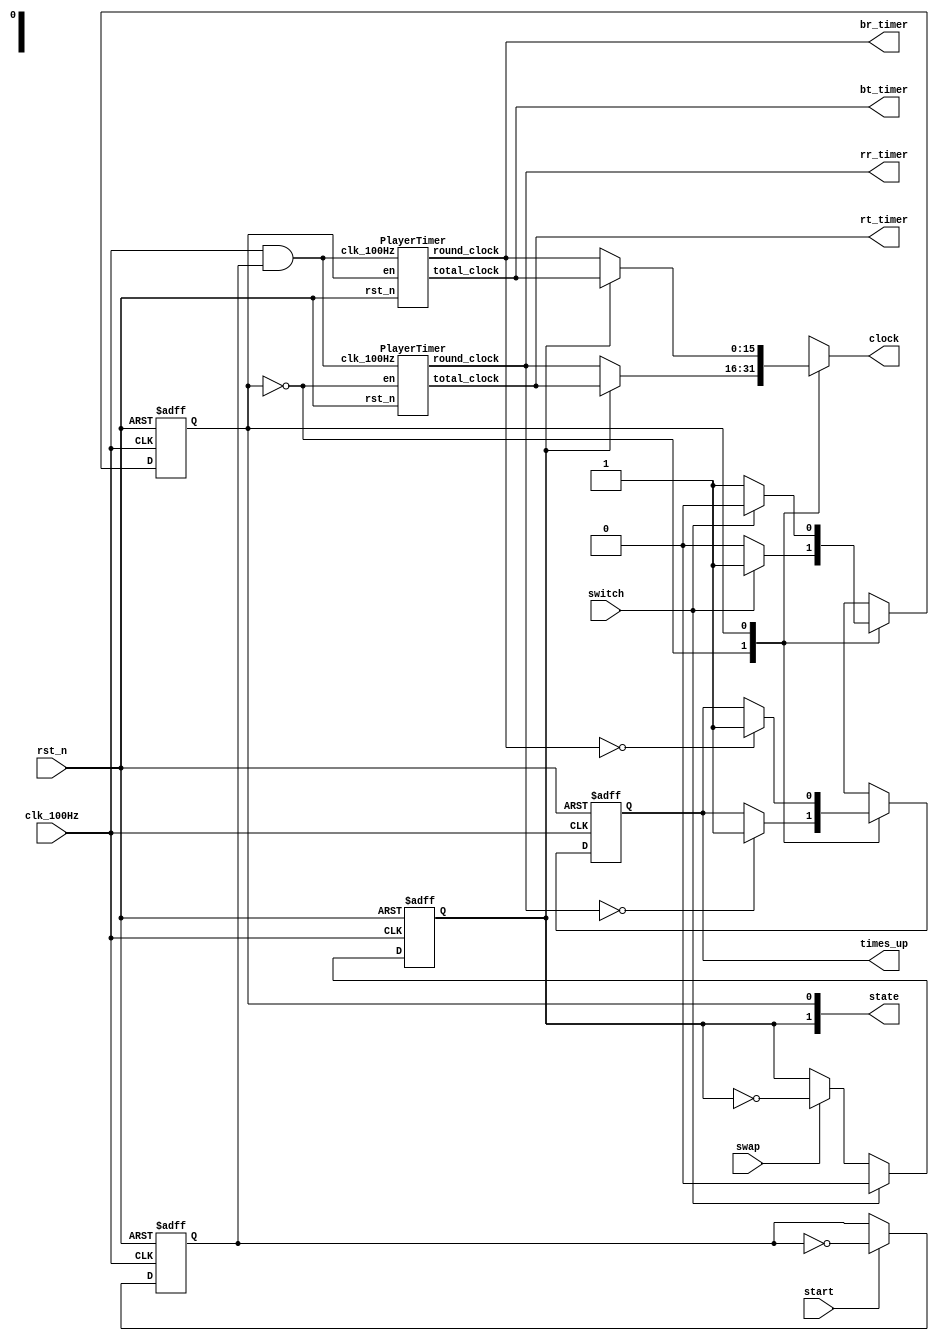
`timescale 1ns / 1ps

// for digit counter
`define AFTER_CRY_USE_CRSYS 1'b0
`define AFTER_CRY_USE_BOUND 1'b1
`define NOT_TO_INJECT 1'b0
`define TO_INJECT 1'b1
`define ENABLE 1'b1
`define DISABLE 1'b0
`define UP_COUNTING 1'b0
`define DOWN_COUNTING 1'b1
`define DIGIT_LEN 4

module TimerManager (
    input clk_100Hz, // 100Hz clock
    input rst_n,
    input start,
    input switch, // switch player
    input swap,   // swap showing clock
    output reg [15:0] clock,
    output [15:0] rr_timer,
    output [15:0] rt_timer,
    output [15:0] br_timer,
    output [15:0] bt_timer,
    output reg times_up, // whether the player has no time (lose)
    output [1:0] state
);

reg nxt_times_up;

localparam RED = 0;
localparam BLK = 1;

reg to_start,
    nxt_to_start;

reg turn,
    nxt_turn;

localparam ROUND = 0;
localparam TOTAL = 1;

reg show,
    nxt_show;

// for debugging
assign state = { show, turn };

PlayerTimer PRED (
    .clk_100Hz(clk_100Hz && to_start),
    .rst_n(rst_n),
    .en(turn == RED),
    .round_clock(rr_timer),
    .total_clock(rt_timer)
);

PlayerTimer PBLK (
    .clk_100Hz(clk_100Hz && to_start),
    .rst_n(rst_n),
    .en(turn == BLK),
    .round_clock(br_timer),
    .total_clock(bt_timer)
);

always @(posedge clk_100Hz, negedge rst_n) begin
    if (~rst_n) begin
        to_start <= 0;
        times_up <= 0;
        show     <= RED;
        turn     <= ROUND;
    end
    else begin
        to_start <= nxt_to_start;
        times_up <= nxt_times_up;
        show     <= nxt_show;
        turn     <= nxt_turn;
    end
end

always @(*) begin

    nxt_show     = show;
    nxt_turn     = turn;
    nxt_times_up = times_up;
    nxt_to_start = start ? ~to_start : to_start;
    
    case (turn)
        RED: begin

            if (switch) begin
                nxt_turn = BLK;
                nxt_show = ROUND;
            end
            else if (swap) begin
                nxt_show = ~show;
            end
            
            if (rr_timer == 0) begin
                nxt_times_up = 1;
            end

            if (show == ROUND) begin
                clock = rr_timer;
            end
            else begin
                clock = rt_timer;
            end
        end
        BLK: begin

            if (switch) begin
                nxt_turn = RED;
                nxt_show = ROUND;
            end
            else if (swap) begin
                nxt_show = ~show;
            end
            
            if (br_timer == 0) begin
                nxt_times_up = 1;
            end

            if (show == ROUND) begin
                clock = br_timer;
            end
            else begin
                clock = bt_timer;
            end
        end
    endcase
end
    
endmodule

module PlayerTimer (
    input clk_100Hz,
    input rst_n,
    input en,
    output [15:0] round_clock,
    output [15:0] total_clock
);

reg en_delay;
reg [6:0] cnt;
wire cnt_to_end = cnt == 99 && round_clock > 0;

always @(posedge clk_100Hz, negedge rst_n) begin
    if (~rst_n) begin
        cnt      <= 0;
        en_delay <= 0;
    end
    else begin
        cnt      <= cnt_to_end ? 0 : cnt + 1;
        en_delay <= en;
    end
end

HourClock TOTAL (
    .clk(clk_100Hz),
    .rst_n(rst_n),
    .en(en & cnt_to_end),
    .clock(total_clock)
);

RoundClock SC2 (
    .clk(clk_100Hz),
    .rst_n(rst_n),
    .to_inject(~en_delay & en), // catch negedge en
    .inject_num(
        total_clock > 16'h100 ?
        16'h100 : (
            total_clock > 16'h15 ?
            total_clock : 16'h15
        )
    ),
    .en(en & cnt_to_end),
    .clock(round_clock)
);

endmodule

/**
 * The one-hour clock that can stop by ifself
 * when counted to zero
 */
module HourClock (
    input clk,
    input rst_n,
    input en,
    output [15:0] clock
);

wire [3:0] cry_arr; // carry array

//* Second
OneDigitCounter #(
    .START(4'h9), .END(4'h0), 
    .CRY_SYS(4'ha)
) S_UNIT (
    .clk(clk), .rst_n(rst_n),
    .en(en),
    .direction(`DOWN_COUNTING),
    .to_inject(1'b0), .inject_num(4'b0),
    .val_after_cry(`AFTER_CRY_USE_CRSYS),
    .num(clock[`DIGIT_LEN-1:0]),
    .cry(cry_arr[0])
);

OneDigitCounter #(
    .START(4'h5), .END(4'h0), 
    .CRY_SYS(4'h6)
) S_TENS (
    .clk(clk), .rst_n(rst_n),
    .en(cry_arr[0]),
    .direction(`DOWN_COUNTING),
    .to_inject(1'b0), .inject_num(4'b0),
    .val_after_cry(`AFTER_CRY_USE_CRSYS),
    .num(
        clock[
            2*`DIGIT_LEN-1:
            `DIGIT_LEN
        ]
    ),
    .cry(cry_arr[1])
);

//* Minute
OneDigitCounter #(
    .START(4'h9), .END(4'h0), 
    .CRY_SYS(4'ha)
) M_UNIT (
    .clk(clk), .rst_n(rst_n),
    .en(cry_arr[1]),
    .direction(`DOWN_COUNTING),
    .to_inject(1'b0), .inject_num(4'b0),
    .val_after_cry(`AFTER_CRY_USE_CRSYS),
    .num(
        clock[
            3*`DIGIT_LEN-1:
            2*`DIGIT_LEN
        ]
    ),
    .cry(cry_arr[2])
);

OneDigitCounter #(
    .START(4'h6), .END(4'h0), 
    .CRY_SYS(4'h7), .RST_NUM(4'h6)
) M_TENS (
    .clk(clk), .rst_n(rst_n),
    .en(cry_arr[2]),
    .direction(`DOWN_COUNTING),
    .to_inject(1'b0), .inject_num(4'b0),
    .val_after_cry(`AFTER_CRY_USE_CRSYS),
    .num(
        clock[
            4*`DIGIT_LEN-1:
            3*`DIGIT_LEN
        ]
    ),
    .cry()
);
    
endmodule

/**
 * The one-hour clock that can stop by ifself
 * when counted to zero
 */
module RoundClock (
    input clk,
    input rst_n,
    input to_inject,
    input [15:0] inject_num,
    input en,
    output [15:0] clock
);

wire [3:0] cry_arr; // carry array

//* Second
OneDigitCounter #(
    .START(4'h9), .END(4'h0), 
    .CRY_SYS(4'ha)
) S_UNIT (
    .clk(clk), .rst_n(rst_n),
    .en(en),
    .direction(`DOWN_COUNTING),
    .to_inject(to_inject),
    .inject_num(inject_num[3:0]),
    .val_after_cry(`AFTER_CRY_USE_CRSYS),
    .num(clock[`DIGIT_LEN-1:0]),
    .cry(cry_arr[0])
);

OneDigitCounter #(
    .START(4'h5), .END(4'h0), 
    .CRY_SYS(4'h6)
) S_TENS (
    .clk(clk), .rst_n(rst_n),
    .en(cry_arr[0]),
    .direction(`DOWN_COUNTING),
    .to_inject(to_inject),
    .inject_num(inject_num[7:4]),
    .val_after_cry(`AFTER_CRY_USE_CRSYS),
    .num(
        clock[
            2*`DIGIT_LEN-1:
            `DIGIT_LEN
        ]
    ),
    .cry(cry_arr[1])
);

//* Minute
OneDigitCounter #(
    .START(4'h9), .END(4'h0), 
    .CRY_SYS(4'ha), .RST_NUM(4'h1)
) M_UNIT (
    .clk(clk), .rst_n(rst_n),
    .en(cry_arr[1]),
    .direction(`DOWN_COUNTING),
    .to_inject(to_inject),
    .inject_num(inject_num[11:8]),
    .val_after_cry(`AFTER_CRY_USE_CRSYS),
    .num(
        clock[
            3*`DIGIT_LEN-1:
            2*`DIGIT_LEN
        ]
    ),
    .cry(cry_arr[2])
);

OneDigitCounter #(
    .START(4'h6), .END(4'h0), 
    .CRY_SYS(4'h7), .RST_NUM(4'h0)
) M_TENS (
    .clk(clk), .rst_n(rst_n),
    .en(cry_arr[2]),
    .direction(`DOWN_COUNTING),
    .to_inject(to_inject),
    .inject_num(inject_num[15:12]),
    .val_after_cry(`AFTER_CRY_USE_CRSYS),
    .num(
        clock[
            4*`DIGIT_LEN-1:
            3*`DIGIT_LEN
        ]
    ),
    .cry()
);
    
endmodule

/**
 * A one digit counter, DEFAULT COUNTING DOWN
 * You should assign the START parameter to be 
 * the high value, and the END parameter to be
 * the low value, and the STEP will always 
 * treats as an positive integer.
 * By assigning the direction input signal, 
 * you can decide whether to down or up count
 */
module OneDigitCounter
#(
    /* Assigniable members of this module object! */
    parameter START     = 4'hf, // start value of counting
    parameter CRY_SYS   = 16,   // carry system, support up to 16
    parameter END       = 4'h0, // end value of counting
    parameter STEP      = 1,    // value change in each iteration
    parameter RST_NUM   = 4'h0
)
(
    input clk,
    input rst_n,
    input en,         // count if enabled
    
    input direction,  // assign use macro 
    
    // can directly inject number to this module
    // Notice that you can only inject number 
    // WHEN en IS DISABLES!!!!!!!!!!!!!!!!!!!
    // or the injection will do nothing
    input to_inject,  // enable of injection
    input [`DIGIT_LEN-1:0] inject_num,

    // value after borrowing according to 
    // CRY_SYS (AFTER_CRY_USE_CRSYS) 
    // or START (AFTER_CRY_USE_BOUND)
    input val_after_cry,// value after carrying
    
    output [`DIGIT_LEN-1:0] num,
    output reg cry    // carry-up or down, depends on up or down counting
);

reg [`DIGIT_LEN-1:0] cur_num, nxt_num;
reg nxt_cry; // (next) carry

/* DFF of result number */
always @(posedge clk, negedge rst_n) begin
    if (~rst_n) begin
        cur_num <= RST_NUM;
        cry <= 0;
    end
    else begin
        cur_num <= nxt_num;
        cry <= nxt_cry;
    end
end

wire [`DIGIT_LEN:0] _CRY_SYS_DEPEND_VAL // consider carry up-down at the same time with ? operator
    = (direction == `DOWN_COUNTING) ? CRY_SYS - 1 : 0;

wire [`DIGIT_LEN-1:0] CRY_SYS_DEPEND_VAL // consider carry up-down at the same time with ? operator
    = _CRY_SYS_DEPEND_VAL[`DIGIT_LEN-1 : 0];

/* logic of value after carry up-down */
reg [`DIGIT_LEN-1:0] AFTER_CRY_VAL; // consider carry up-down at the same time with ? operator
always @(*) begin
    case (val_after_cry)
    `AFTER_CRY_USE_BOUND: 
        AFTER_CRY_VAL 
            = direction
                == `DOWN_COUNTING ? START : END;
    `AFTER_CRY_USE_CRSYS: 
        AFTER_CRY_VAL = CRY_SYS_DEPEND_VAL;
    endcase
end

wire _REACHED_END // whether cur_num reaches end
    = cur_num == END && direction == `DOWN_COUNTING;
wire _REACHED_START // whether cur_num reaches start
    = cur_num == START && direction == `UP_COUNTING;

wire toChg // to change (up or down count)
    = ~(_REACHED_END | _REACHED_START) & en;

wire toCry // to carry up-down
    = (_REACHED_END | _REACHED_START) & en;

wire injectable = ~en & to_inject;

/* MUX to decide next-state number */
always @* begin
    if (injectable) begin
        nxt_num = inject_num;
    end
    else if (toChg) begin
        if (direction == `UP_COUNTING)
            nxt_num = cur_num + STEP;
        else 
            nxt_num = cur_num - STEP;
    end
    else if (toCry)
        nxt_num = AFTER_CRY_VAL;
    else 
        nxt_num = cur_num;
end

/* MUX to decide next-state borrow */
always @* begin
    if (injectable)
        nxt_cry = `DISABLE;
    else if (toCry)
        nxt_cry = `ENABLE;
    else 
        nxt_cry = `DISABLE;
end

assign num = cur_num;

endmodule